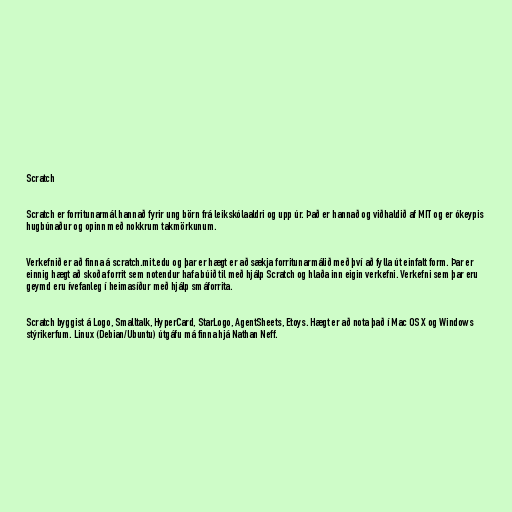
Scratch

Scratch er forritunarmál hannað fyrir ung börn frá leikskólaaldri og upp úr. Það er hannað og viðhaldið af MIT og er ókeypis
hugbúnaður og opinn með nokkrum takmörkunum.

Verkefnið er að finna á scratch.mit.edu og þar er hægt er að sækja forritunarmálið með því að fylla út einfalt form. Þar er
einnig hægt að skoða forrit sem notendur hafa búið til með hjálp Scratch og hlaða inn eigin verkefni. Verkefni sem þar eru
geymd eru ívefanleg í heimasíður með hjálp smáforrita.

Scratch byggist á Logo, Smalltalk, HyperCard, StarLogo, AgentSheets, Etoys. Hægt er að nota það í Mac OS X og Windows
stýrikerfum. Linux (Debian/Ubuntu) útgáfu má finna hjá Nathan Neff.